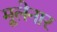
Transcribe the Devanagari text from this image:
मूलेनार